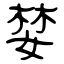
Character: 婪